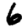
Digit: 6